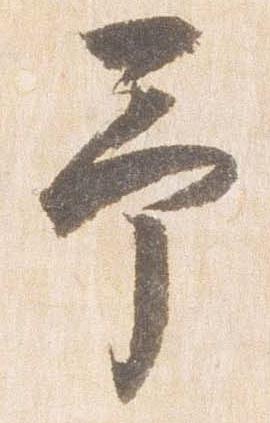
予